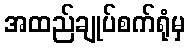
အထည်ချုပ်စက်ရုံမှ